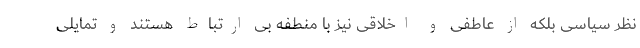
نظر سیاسی بلکه از عاطفی و اخلاقی نیز با منطفه بی ارتباط هستند و تمایلی